Petrogradi_Kontroll-Opteerimise_Komisjon, lk 41
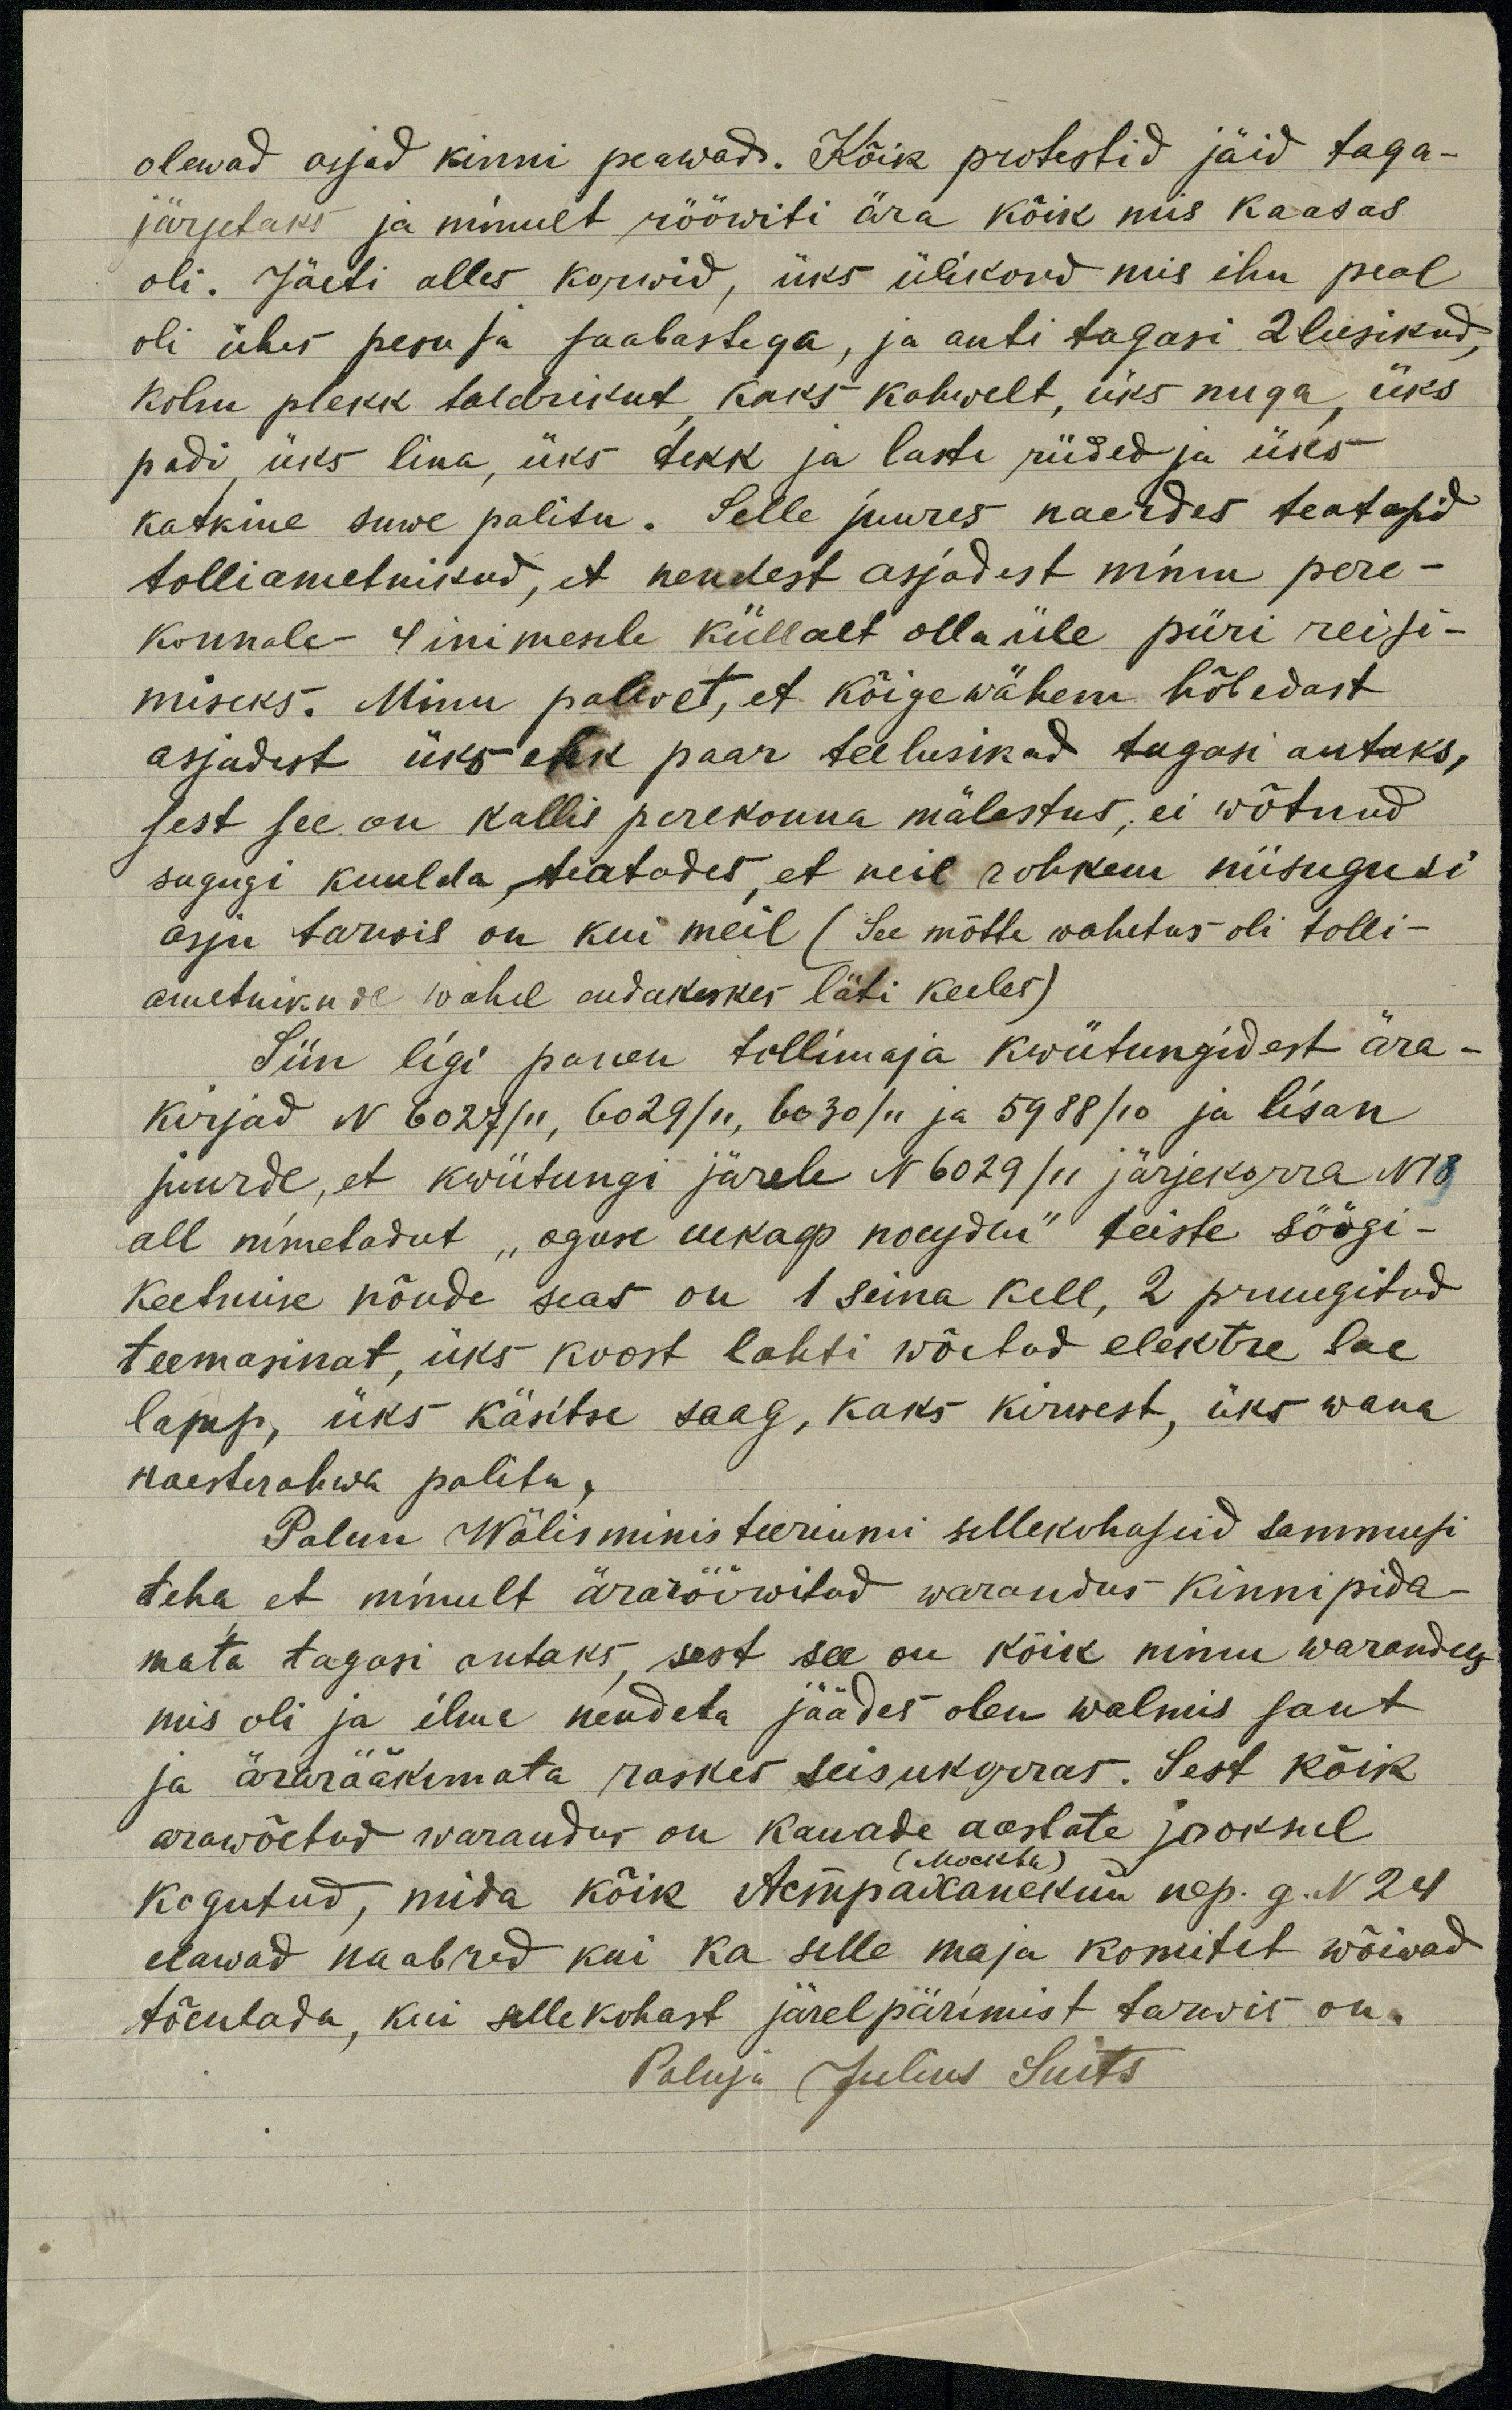
olewad asjad kinni peawad. Kõik protestid jäid taga-
järjetuks ja minult rööwiti ära kõik mis kaasas
oli. Jäeti alles korwid, üks ülikond mis ihu peal
oli ühes pesu ja saabastega, ja anti tagasi 2 lusikad,
kolm plekk taldrikut, kaks kahwelt, üks nuga, üks
padi, üks lina, üks tekk ja laste riided ja üks
katkine suwe palitu. Selle juures naerdes teatasid
tolliametnikud, et nendest asjadest minu pere-
konnale - 4 inimesele küllalt olla üle piiri reisi-
miseks. Minu palwet, et kõige wähem hõbedast
asjadest üks ehk paar teelusikad tagasi antaks,
sest see on kallis perekonna mälestus, ei wõtnud
sugugi kuulda, teatades, et neil rohkem niisugusi
asju tarwis on kui meil (See mõtte wahetus oli tolli-
ametnikude wahel endakeskes läti keeles)
Siin ligi panen tollimaja kwiitungidest ära-
kirjad N 6027/11, 6029/11, 6030/11 ja 5988/10 ja lisan
juurde, et kwiitungi järele N 6029 /11 järjekorra N18
all nimetadut "один шкаф посуды" teiste söögi-
keetmise nõude seas on 1 seina kell, 2 pruugitud
teemasinat, üks koost lahti wõetud elektre lae-
lamp, üks käsitse saag, kaks kirwest, äks wana
naesterahwa palitu,
Palun Wälisministeeriumi sellekohaseid sammusi
teha, et minult ärarööwitud warandus kinnipida-
mata tagasi antaks, sest see on kõik minu warandus
mis oli ja ilma nendeta jäädes olen walmis sant
ja ärarääkimata raskes seisukorras. Sest kõik
arawõetud warandus on kauade aastate jooksul
(Москва)
kogutud, mida kõik Астраханский nep. g. N 24
elawad naabrid kui ka selle maja komitet wõiwad
tõentada, kui sellekohast järelpärimist tarwis on.
Paluja Julius Suits